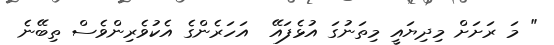
" މަ ރަށަށް މިދިޔައީ މިތަނުގަ އުޅެފައޭ  އަހަރެންގެ އެކުވެރިންވެސް ތިބޭނެ